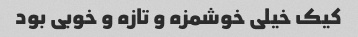
کیک خیلی خوشمزه و تازه و خوبی بود